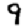
Digit: 9